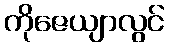
ကိုဇေယျာလွင်